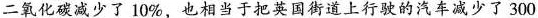
二氧化碳减少了10%，也相当于把英国街道上行驶的汽车减少了300